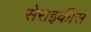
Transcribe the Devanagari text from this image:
सेराइकीस